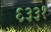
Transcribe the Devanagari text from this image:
६३३१